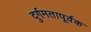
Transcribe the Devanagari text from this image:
दुर्गमतापूर्वक